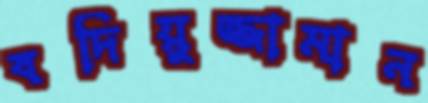
বদিয়ুজ্জামান